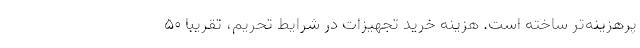
پرهزینه‌تر ساخته است. هزینه خرید تجهیزات در شرایط تحریم، تقریبا 50